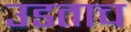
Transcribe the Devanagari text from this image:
उडताच